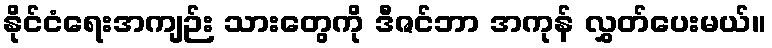
နိုင်ငံရေးအကျဉ်း သားတွေကို ဒီဇင်ဘာ အကုန် လွှတ်ပေးမယ်။